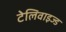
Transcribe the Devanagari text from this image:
टेलिवाइज्ड